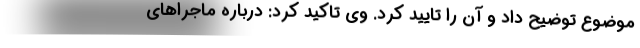
موضوع توضیح داد و آن را تایید کرد. وی تاکید کرد: درباره ماجراهای